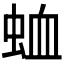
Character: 𮔆